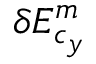
\delta E _ { c _ { y } } ^ { m }